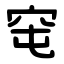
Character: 窀